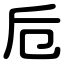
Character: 卮